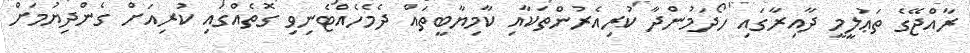
ރާއްޖޭގެ ތަޢުލީމީ ދާއިރާގައި ހޯދަމުންދާ ކުރިއެރުންތަކާއި ކާމިޔާބީތައް ދެމެހެއްޓެނިވި ގޮތެއްގައި ކުރިއަށް ގެންދިޔުމަށް